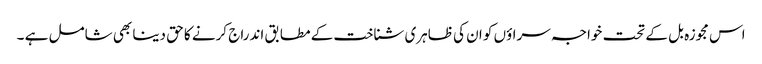
اس مجوزہ بل کے تحت خواجہ سراؤں کو ان کی ظاہری شناخت کے مطابق اندراج کرنے کا حق دینا بھی شامل ہے ۔